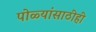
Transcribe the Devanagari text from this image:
पोळ्यांसाठीही